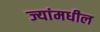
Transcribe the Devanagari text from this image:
ज्यांमधील